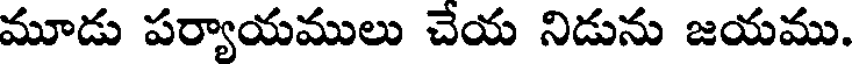
మూడు పర్యాయములు చేయ నిడును జయము.